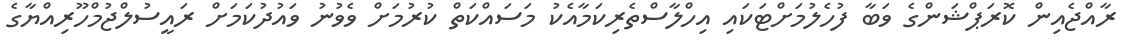
ރާއްޖެއިން ކޮރަޕްޝަންގެ ވަބާ ފުހެލުމަށްޓަކައި އިހްލާސްތެރިކަމާއެކު މަސައްކަތް ކުރުމަށް ވެވުނު ވައުދުކަމަށް ރައީސުލްޖުމްހޫރިއްޔާގެ